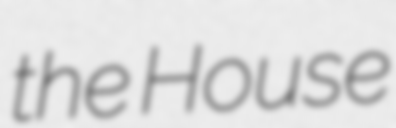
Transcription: the House